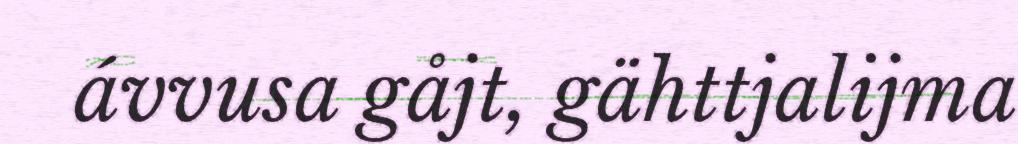
ávvusa gåjt, gähttjalijma